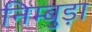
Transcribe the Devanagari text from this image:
निम्बुड़ा